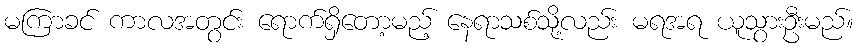
မကြာခင် ကာလအတွင်း ရောက်ရှိတော့မည့် နေရာသစ်သို့လည်း မရအရ ယူသွားဦးမည်။